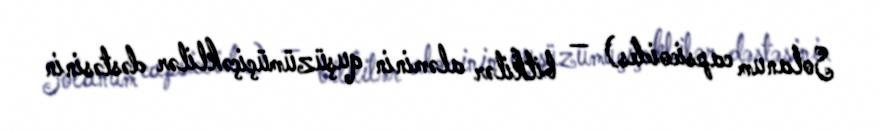
Solanum capsicoides) — bitkilər aləminin quşüzümüçiçəklilər dəstəsinin